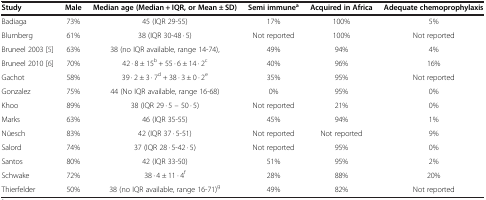
<table><thead><tr><td><b>Study</b></td><td><b>Male</b></td><td><b>Median age (Median + IQR, or Mean ± SD)</b></td><td><b>Semi immune<sup>a</sup></b></td><td><b>Acquired in Africa</b></td><td><b>Adequate chemoprophylaxis</b></td></tr></thead><tbody><tr><td>Badiaga</td><td>73%</td><td>45 (IQR 29-55)</td><td>17%</td><td>100%</td><td>5%</td></tr><tr><td>Blumberg</td><td>61%</td><td>38 (IQR 30-48 · 5)</td><td>Not reported</td><td>100%</td><td>Not reported</td></tr><tr><td>Bruneel 2003 [5]</td><td>63%</td><td>38 (no IQR available, range 14-74),</td><td>49%</td><td>94%</td><td>4%</td></tr><tr><td>Bruneel 2010 [6]</td><td>70%</td><td>42 · 8 ± 15<sup>b</sup> + 55 · 6 ± 14 · 2<sup>c</sup></td><td>40%</td><td>96%</td><td>16%</td></tr><tr><td>Gachot</td><td>58%</td><td>39 · 2 ± 3 · 7<sup>d</sup> + 38 · 3 ± 0 · 2<sup>e</sup></td><td>35%</td><td>95%</td><td>Not reported</td></tr><tr><td>Gonzalez</td><td>75%</td><td>44 (No IQR available, range 16-68)</td><td>0%</td><td>95%</td><td>0%</td></tr><tr><td>Khoo</td><td>89%</td><td>38 (IQR 29 · 5 – 50 · 5)</td><td>Not reported</td><td>21%</td><td>0%</td></tr><tr><td>Marks</td><td>63%</td><td>46 (IQR 35-55)</td><td>45%</td><td>94%</td><td>1%</td></tr><tr><td>Nüesch</td><td>83%</td><td>42 (IQR 37 · 5-51)</td><td>Not reported</td><td>Not reported</td><td>9%</td></tr><tr><td>Salord</td><td>74%</td><td>37 (IQR 28 · 5-42 · 5)</td><td>Not reported</td><td>95%</td><td>0%</td></tr><tr><td>Santos</td><td>80%</td><td>42 (IQR 33-50)</td><td>51%</td><td>95%</td><td>2%</td></tr><tr><td>Schwake</td><td>72%</td><td>38 · 4 ± 11 · 4<sup>f</sup></td><td>28%</td><td>88%</td><td>20%</td></tr><tr><td>Thierfelder</td><td>50%</td><td>38 (no IQR available, range 16-71)<sup>g</sup></td><td>49%</td><td>82%</td><td>Not reported</td></tr></tbody></table>